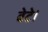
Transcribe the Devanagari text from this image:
बेटे।